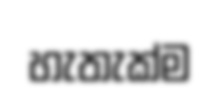
හැතැක්ම